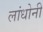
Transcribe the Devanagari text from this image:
लांधोनी